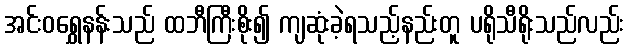
အင်းဝရွှေနန်းသည် ထဘီကြီးစိုး၍ ကျဆုံးခဲ့ရသည့်နည်းတူ ပရိုသီရိုးသည်လည်း